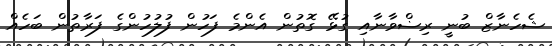
ޝެހެނާޒް ބުނީ ރިޟްވާނާއި ގުޅޭ ގޮތުން އެންމެ ފަހުން ފުލުހުންގެ ފަރާތުން ބަހެއް